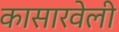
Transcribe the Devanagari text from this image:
कासारवेली